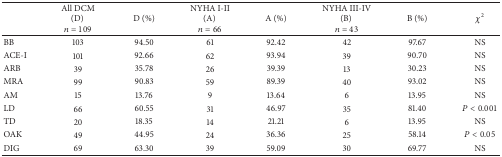
<table><thead><tr><td><b> </b></td><td><b>All DCM(D) <i>n</i> = 109</b></td><td><b>D (%)</b></td><td><b>NYHA I-II(A) <i>n</i> = 66</b></td><td><b>A (%)</b></td><td><b>NYHA III-IV(B) <i>n</i> = 43</b></td><td><b>B (%)</b></td><td><b><i>χ</i><sup>2</sup></b></td></tr></thead><tbody><tr><td>BB</td><td>103</td><td>94.50</td><td>61</td><td>92.42</td><td>42</td><td>97.67</td><td>NS</td></tr><tr><td>ACE-I</td><td>101</td><td>92.66</td><td>62</td><td>93.94</td><td>39</td><td>90.70</td><td>NS</td></tr><tr><td>ARB</td><td>39</td><td>35.78</td><td>26</td><td>39.39</td><td>13</td><td>30.23</td><td>NS</td></tr><tr><td>MRA</td><td>99</td><td>90.83</td><td>59</td><td>89.39</td><td>40</td><td>93.02</td><td>NS</td></tr><tr><td>AM</td><td>15</td><td>13.76</td><td>9</td><td>13.64</td><td>6</td><td>13.95</td><td>NS</td></tr><tr><td>LD</td><td>66</td><td>60.55</td><td>31</td><td>46.97</td><td>35</td><td>81.40</td><td><i>P</i> &lt; 0.001</td></tr><tr><td>TD</td><td>20</td><td>18.35</td><td>14</td><td>21.21</td><td>6</td><td>13.95</td><td>NS</td></tr><tr><td>OAK</td><td>49</td><td>44.95</td><td>24</td><td>36.36</td><td>25</td><td>58.14</td><td><i>P</i> &lt; 0.05</td></tr><tr><td>DIG</td><td>69</td><td>63.30</td><td>39</td><td>59.09</td><td>30</td><td>69.77</td><td>NS</td></tr></tbody></table>